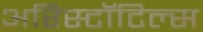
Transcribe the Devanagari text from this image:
अरिस्टॉटिल्स